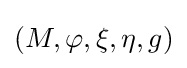
(M,\varphi ,\xi ,\eta ,g)